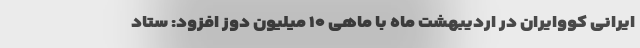
ایرانی کووایران در اردیبهشت ماه با ماهی ۱۰ میلیون دوز افزود: ستاد